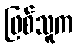
ဖြစ်သူက